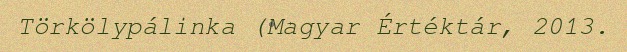
Törkölypálinka (Magyar Értéktár, 2013.